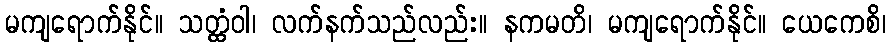
မကျရောက်နိုင်။ သတ္ထံဝါ၊ လက်နက်သည်လည်း။ နကမတိ၊ မကျရောက်နိုင်။ ယေကေစိ၊